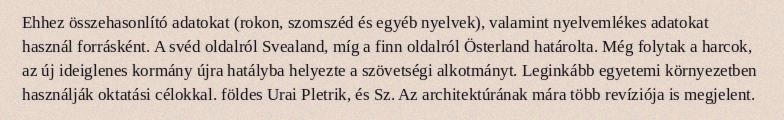
Ehhez összehasonlító adatokat (rokon, szomszéd és egyéb nyelvek), valamint nyelvemlékes adatokat használ forrásként. A svéd oldalról Svealand, míg a finn oldalról Österland határolta. Még folytak a harcok, az új ideiglenes kormány újra hatályba helyezte a szövetségi alkotmányt. Leginkább egyetemi környezetben használják oktatási célokkal. földes Urai Pletrik, és Sz. Az architektúrának mára több revíziója is megjelent.